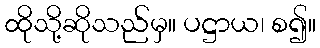
ထိုသို့ဆိုသည်မှ။ ပဋ္ဌာယ၊ စ၍။